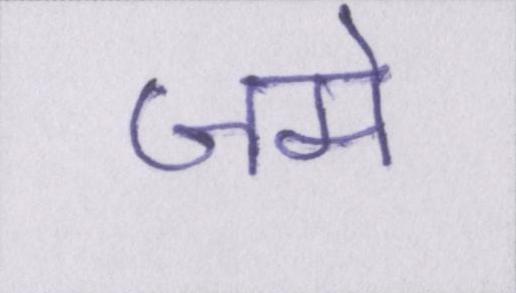
जमे